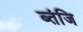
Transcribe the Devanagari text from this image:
ब्तंजि